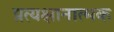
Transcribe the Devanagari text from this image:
प्रत्यक्षानात्मक